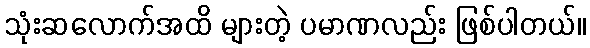
သုံးဆလောက်အထိ များတဲ့ ပမာဏလည်း ဖြစ်ပါတယ်။